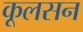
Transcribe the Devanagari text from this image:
कूलसन